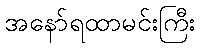
အနော်ရထာမင်းကြီး